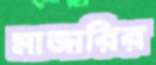
মাজারির